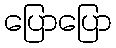
ပြောပြော